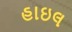
હાઇલ